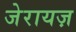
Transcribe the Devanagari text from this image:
जेरायज़